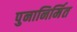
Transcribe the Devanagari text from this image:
पुनानिर्मित